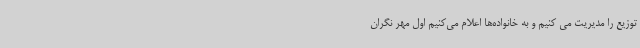
توزیع را مدیریت می کنیم و به خانواده‌ها اعلام می‌کنیم اول مهر نگران